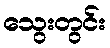
သွေးတွင်း